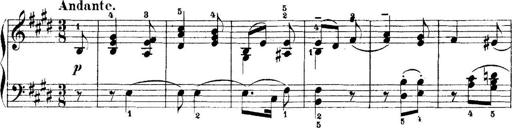
Title: 5 Sonatinas
Composer: Theodor Kirchner